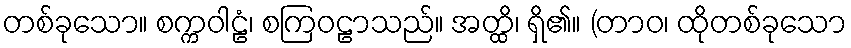
တစ်ခုသော။ စက္ကဝါဠံ၊ စကြဝဠာသည်။ အတ္ထိ၊ ရှိ၏။ (တာဝ၊ ထိုတစ်ခုသော